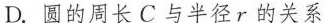
D.圆的周长C与半径r的关系